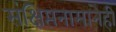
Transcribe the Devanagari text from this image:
संक्षिप्तनामानेही